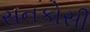
સનકોસી